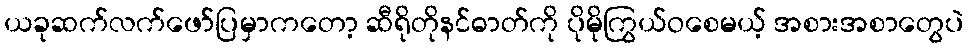
ယခုဆက်လက်ဖော်ပြမှာကတော့ ဆီရိုတိုနင်ဓာတ်ကို ပိုမိုကြွယ်ဝစေမယ့် အစားအစာတွေပဲ